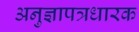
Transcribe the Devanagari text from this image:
अनुज्ञापत्रधारक